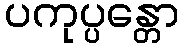
ပကုပ္ပန္တော